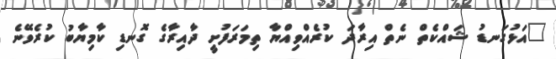
"އަޅުގަނޑު ޝައްކެތް ނެތް އިރާދަ ކުރެއްވިއްޔާ ތިމަރަފުށީ ދާއިރާގެ ގޮނޑި ކާމިޔާބު ކުރެވޭނެ